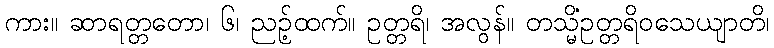
ကား။ ဆာရတ္တတော၊ ၆၊ ညဉ့်ထက်။ ဥတ္တရိ၊ အလွန်။ တသ္မိံဥတ္တရိဝသေယျာတိ၊